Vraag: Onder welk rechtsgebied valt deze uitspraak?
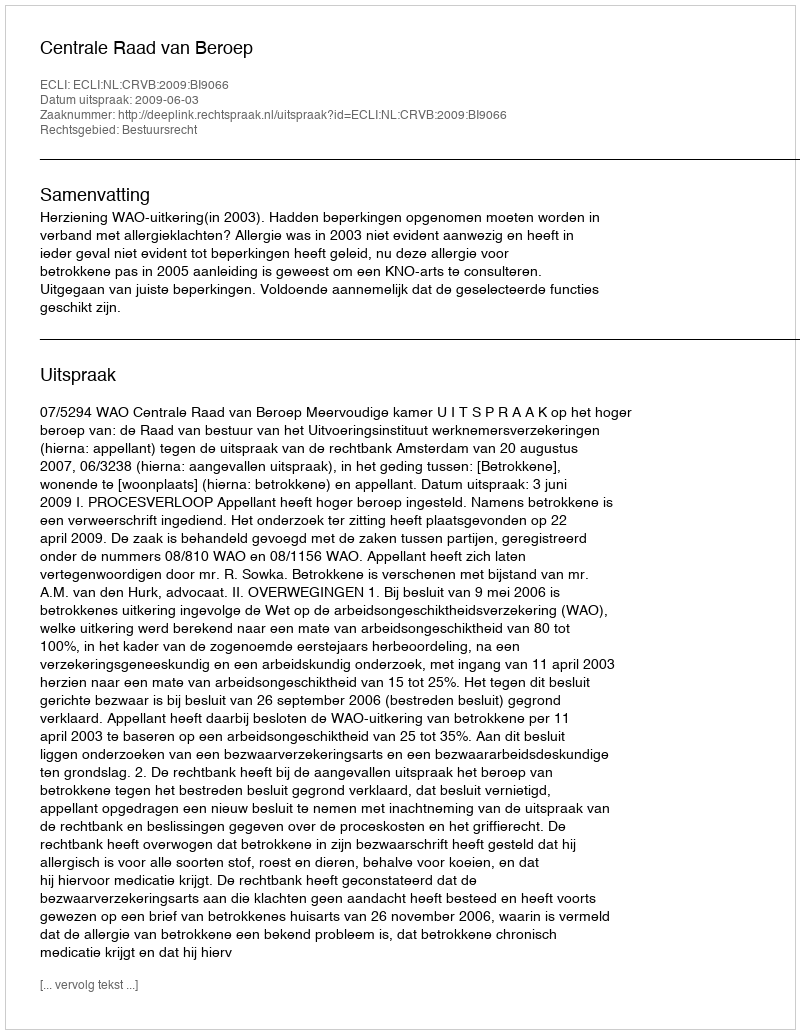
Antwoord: Bestuursrecht